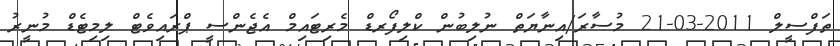
ތަފްސީލް 2011-03-21 މުސާރަ/އިނާޔަތް ނުލިބުން ކްލިފޯރޑް މެރިޓައިމް އެޖެންސީ ޕްރައިވެޓް ލިމިޓެޑް މުނީރު